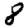
Digit: 8